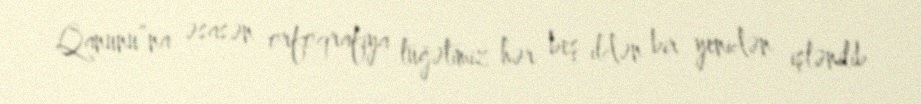
Qanunu”na əsasən orfoqrafiya lüğətimiz hər beş ildən bir yenidən işlənilib